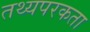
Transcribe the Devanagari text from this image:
तथ्यपरकता